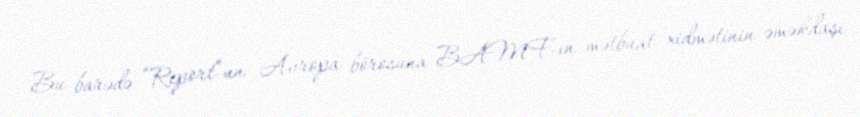
Bu barədə “Report”un Avropa börosuna BAMF-ın mətbuat xidmətinin əməkdaşı